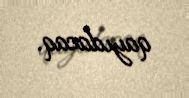
qayıdacaq.